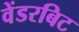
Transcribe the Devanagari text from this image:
वेंडरबिट